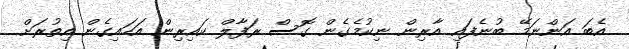
އެބަ އަންނަމޭ ބުނެފައި އާރިން ނިކުމެގެން ގޮސް ރަފާލް ކައިރިން އަހައިގެން އިތުރަށް